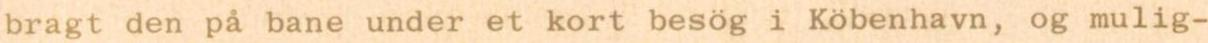
bragt den på bane under et kort besög i Köbenhavn, og mulig-